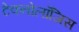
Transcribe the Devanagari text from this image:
टेक्नोलॉजिस